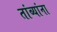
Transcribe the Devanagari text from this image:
तांब्यांना